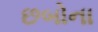
છબોના